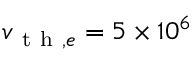
v _ { \mathrm { ~ t ~ h ~ } , e } = 5 \times 1 0 ^ { 6 }